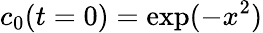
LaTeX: c_{0}(t=0)=\exp(-x^{2})